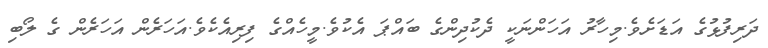
ދަރިފުޅުގެ އަޑަށެވެ.މިހާރު އަހަންނަކީ ދެކުދިންގެ ބައްޕަ އެކުވެ.މީހެއްގެ ފިރިއެކެވެ.އަހަރެން އަހަރެން ގެ ލޯބި